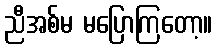
ညီအစ်မ မပြောကြတော့။